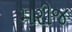
મરીજ